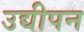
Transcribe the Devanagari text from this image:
उद्यीपन